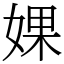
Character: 婐